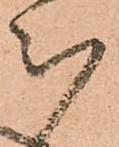
被